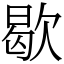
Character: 歇